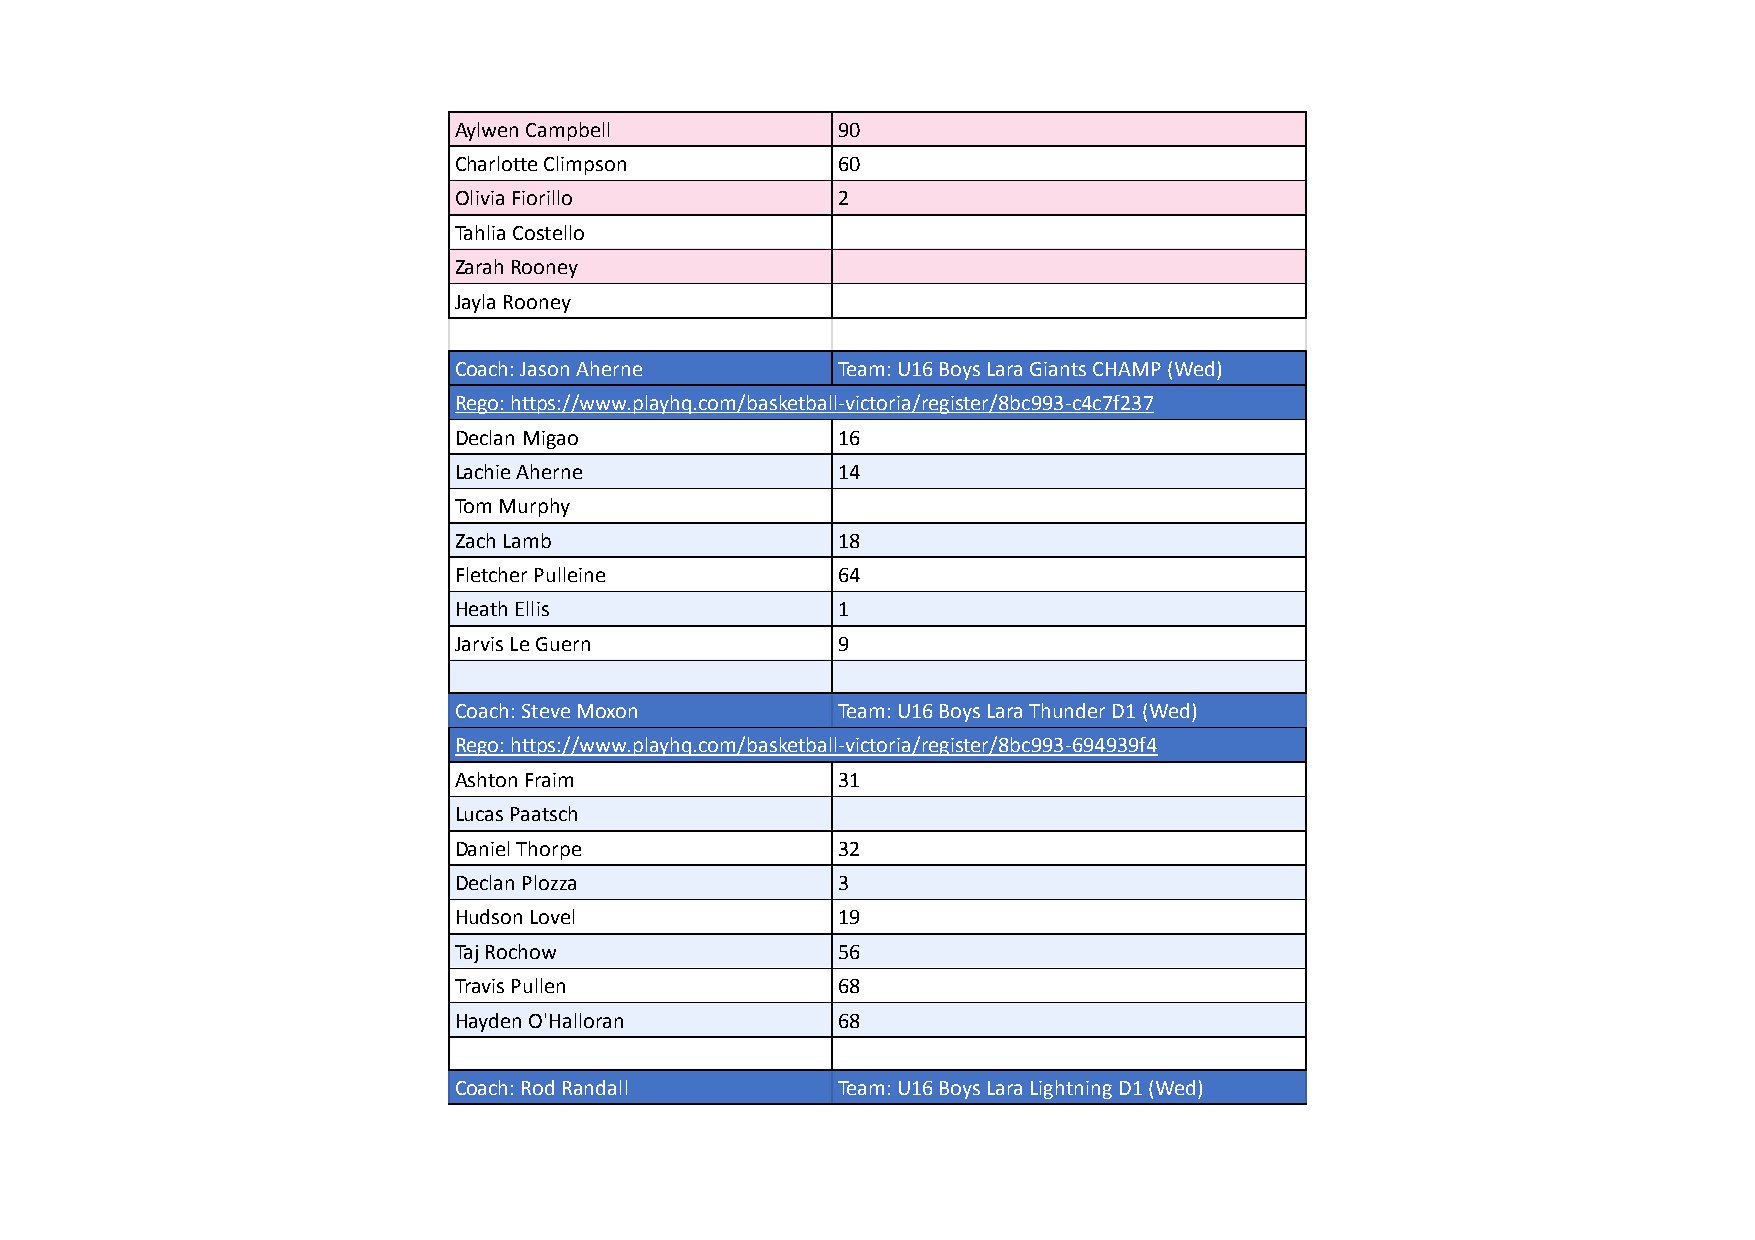
Aylwen Campbell          90
 Charlotte Climpson       60
 Olivia Fiorillo          2
 Tahlia Costello
 Zarah Rooney
 Jayla Rooney
 Coach: Jason Aherne      Team: U16 Boys Lara Giants CHAMP (Wed)
 Rego: https://www.playhq.com/basketball-victoria/register/8bc993-c4c7f237
 Declan Migao             16
 Lachie Aherne            14
 Tom Murphy
 Zach Lamb                18
 Fletcher Pulleine        64
 Heath Ellis              1
 Jarvis Le Guern          9
 Coach: Steve Moxon       Team: U16 Boys Lara Thunder D1 (Wed)
 Rego: https://www.playhq.com/basketball-victoria/register/8bc993-694939f4
 Ashton Fraim             31
 Lucas Paatsch
 Daniel Thorpe            32
 Declan Plozza            3
 Hudson Lovel             19
 Taj Rochow               56
 Travis Pullen            68
 Hayden O'Halloran        68
 Coach: Rod Randall       Team: U16 Boys Lara Lightning D1 (Wed)